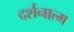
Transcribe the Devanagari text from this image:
दर्शनात्म